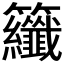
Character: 𮇂